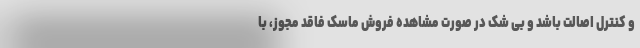
و کنترل اصالت باشد و بی شک در صورت مشاهده فروش ماسک فاقد مجوز، با